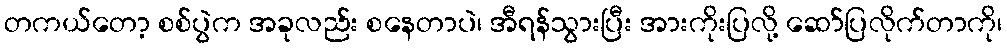
တကယ်တော့ စစ်ပွဲက အခုလည်း စနေတာပဲ၊ အီရန်သွားပြီး အားကိုးပြလို့ ဆော်ပြလိုက်တာကို၊